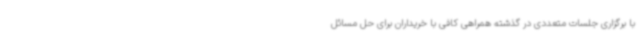
با برگزاری جلسات متعددی در گذشته همراهی کافی با خریداران برای حل مسائل